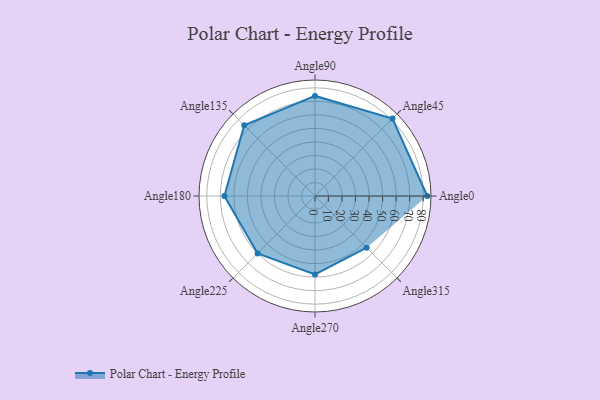
{"axis": {"x": "Angle", "y": "Radius"}, "legend": [""], "data": [{"x": "Angle0", "y": 83.0, "type": ""}, {"x": "Angle45", "y": 81.0, "type": ""}, {"x": "Angle90", "y": 74.0, "type": ""}, {"x": "Angle135", "y": 74.0, "type": ""}, {"x": "Angle180", "y": 67.0, "type": ""}, {"x": "Angle225", "y": 60.0, "type": ""}, {"x": "Angle270", "y": 58.0, "type": ""}, {"x": "Angle315", "y": 54.0, "type": ""}]}